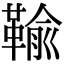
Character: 䩱